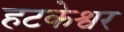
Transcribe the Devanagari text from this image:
हटकेश्वर